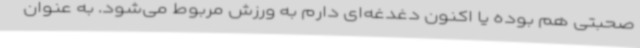
صحبتی هم بوده یا اکنون دغدغه‌ای دارم به ورزش مربوط می‌شود. به عنوان